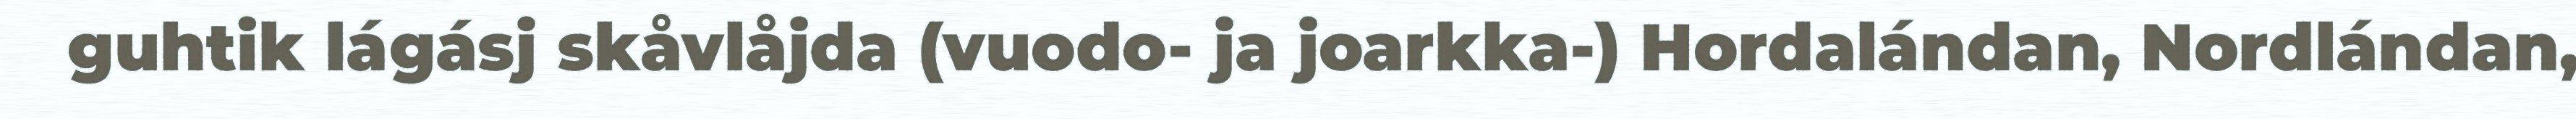
guhtik lágásj skåvlåjda (vuodo- ja joarkka-) Hordalándan, Nordlándan,